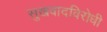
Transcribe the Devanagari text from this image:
सुखवादविरोधी